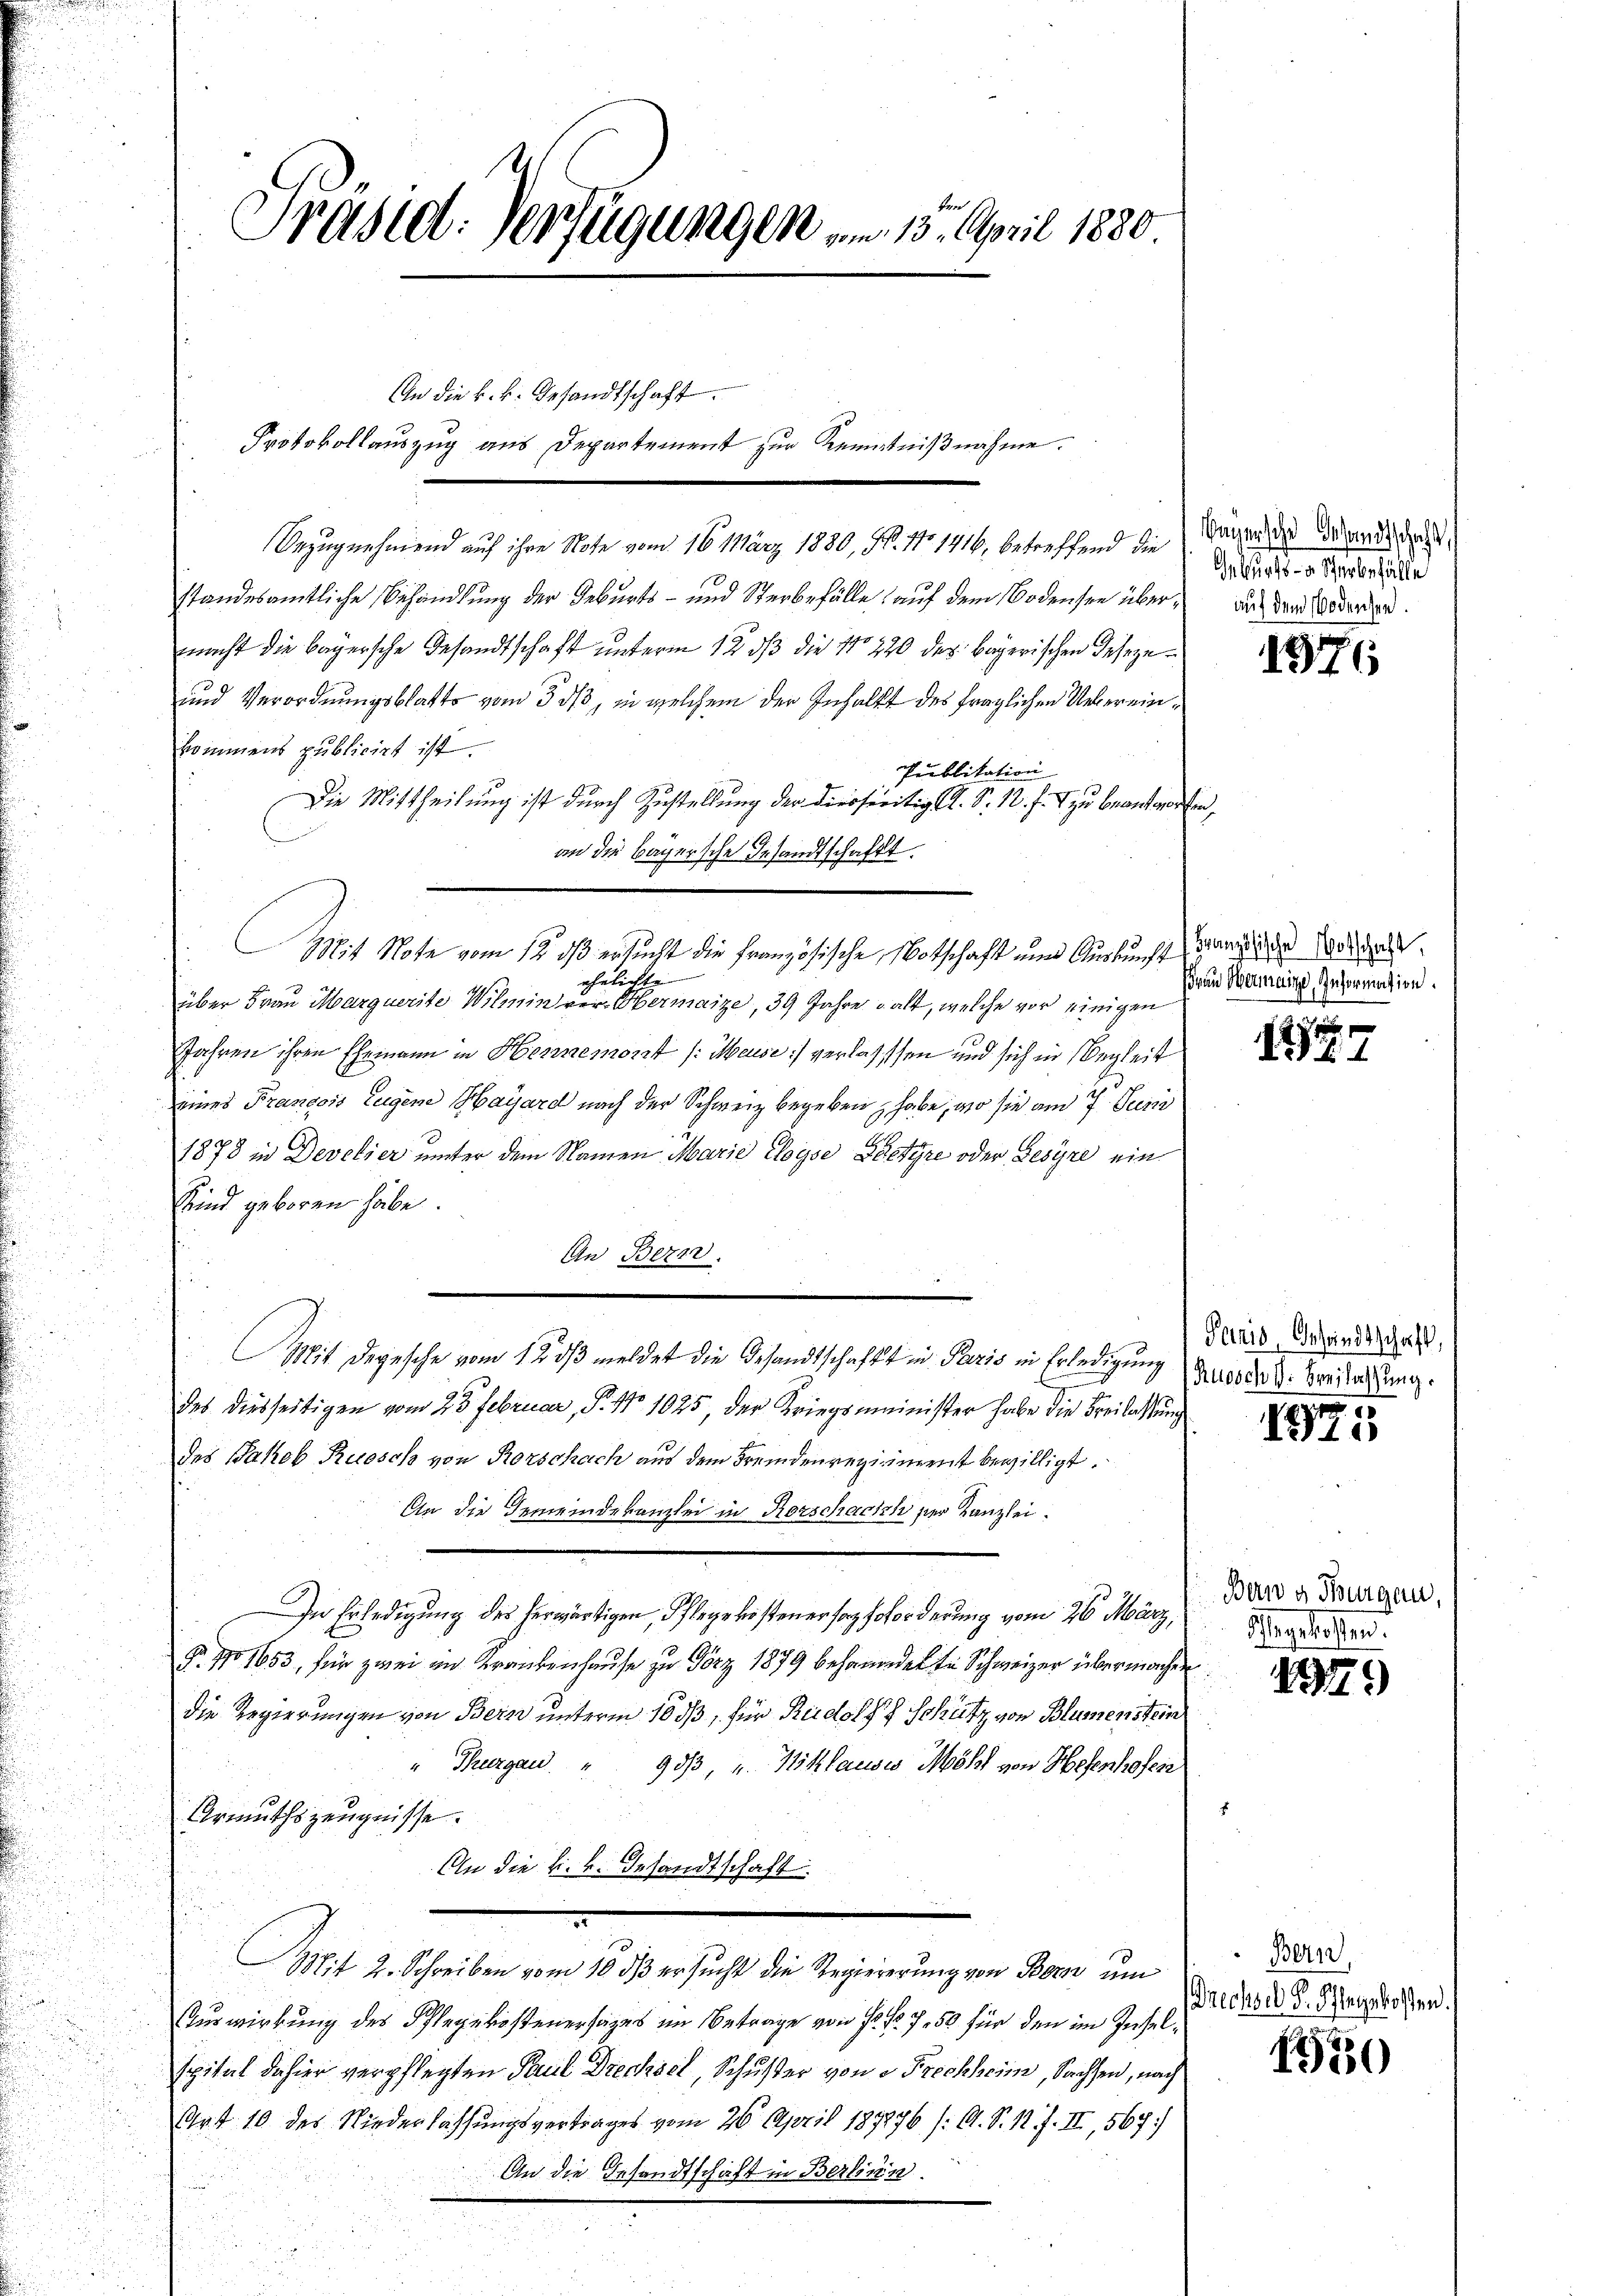
Präsid. Verfügungen am 15. April 1880

An die k. k. Gesandtschaft.
Protokollauszug aus Departement zur Kenntnißnahme.

Bezugnehmend auf ihre Note vom 16. März 1880, N. No 1416, betreffend die
standesamtliche Behandlung der Geburts- und Sterbefälle auf dem Bodensen über auf dem oderen.
nacht die bayersche Gesandtschaft unterm 12. ds die No 220 des bayerischen Deseze¬
und Verordnungsblatte vom 3. ds, in welchem der Inhalt des fraglichen Uebereinkommens publicirt ist.
Ppublikation |
Die Mittheilung ist durch Zustellung der diesseitig A. S. 1. f. 1 zu beantworte
an die Bayersche Gesandtschafft.
ehelichte
über Frau Marquerite Wilmin ver- Hermaize, 39 Jahre galt, welche vor einigen
Jahren ihren Ehemann in Hennemont /: Meise) verlassen und sich in Begleit
eines François Eugene Hayard nach der Schweiz begeben, habe, wo sie am 7. Junii
1878 in Develier unter dem Namen Marie cloyse Partyre oder Gesyre ein
Sind geboren habe.
An Bern.
des diesseitigen vom 23. Februar, P. No 1025, der Kriegsminister habe die Breilassung
des Jakob Ruosch von Rorschach aus dem Fremdenregiment bewilligt.
An die Gemeindekanzlei in Rorschach der Kanzlei.
In Erledigung des herwärtigen, Pflegekostener forz Erforderung vom 26. März,
§. No 1653, für zwei in Krankenhause zu Görz 1879 behandet die Schweizer übermachen
die Regierungen von Bern unterm 10 dß, für Rudolf Schütz von Blumenstein
" Thurgau " 953 u. Niklauses Möhl von Hefenhofen
Urmuthszeugnisse.
An die k. k. Gesandtschaft
Bixit 2. Schreiben vom 10. dβ ersucht die Regiererung von Bern um
Turwirkung des Pflegekostenersages im Betrage von P. Nr. 750 für den im Inselspital dahier verpflegten Paul Drechsel, Schuster von e Prechheim, Sachsen, nach
Art 10 des Niederlassungsvertrages vom 26. April 189276 /: A. S. R. f. II, 567.
An die Gesandtschaft in Berlin.

Mit Degesche vom 12. ds meldet die Gesandtschaft in Paris in Erledigung (S. 10000 M. Breiterung.

Mit Note vom 12. ds ersucht die französische Notschaft nun Auskunft an die Wolgas

Segensche Gesandtschaft,
Geburts- u Sterbefälle

a

1976

Frau Hermaine Information.

17

Paris, Gesandtschaft,

r
1275

Berw g. Thurgau.
Hagelosten.

199

Bern
Drechsel S. Pflegekosten.

1550